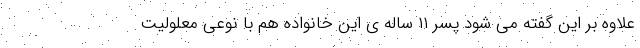
علاوه بر این گفته می شود پسر ۱۱ ساله ی این خانواده هم با نوعی معلولیت